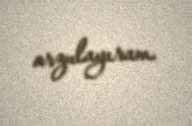
arzulayıram.